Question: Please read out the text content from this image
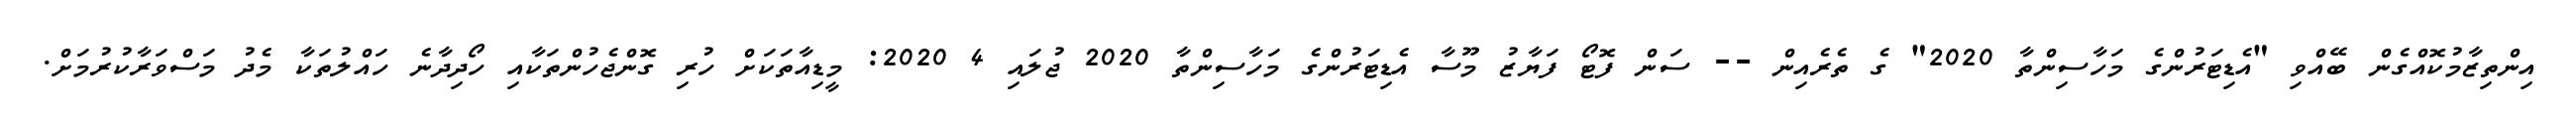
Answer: އިންތިޒާމުކޮއްގެން ބޭއްވި "އެޑިޓަރުންގެ މަހާސިންތާ 2020" ގެ ތެރެއިން -- ސަން ފޮޓޯ ފަޔާޒު މޫސާ އެޑިޓަރުންގެ މަހާސިންތާ 2020 ޖުލައި 4 2020: މީޑިއާތަކަށް ހުރި ގޮންޖެހުންތަކާއި ހޯދިދާނެ ހައްލުތަކާ މެދު މަސްވަރާކުރުމަށް.